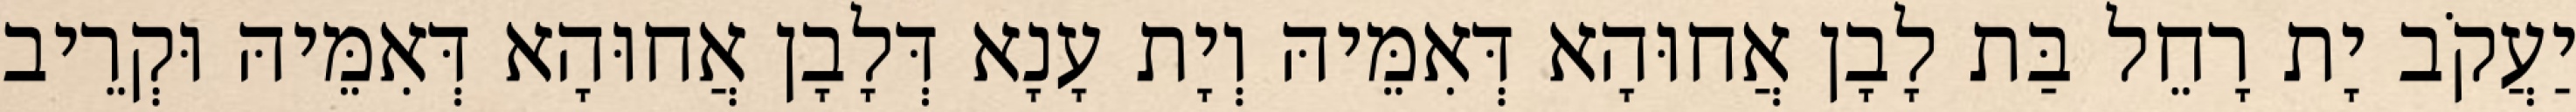
יַעֲקֹב יָת רָחֵל בַּת לָבָן אֲחוּהָא דְּאִמֵּיהּ וְיָת עָנָא דְּלָבָן אֲחוּהָא דְּאִמֵּיהּ וּקְרֵיב